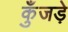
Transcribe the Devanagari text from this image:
कुँजड़े